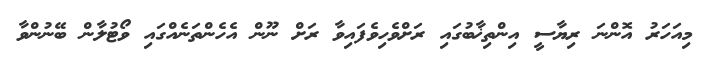
މިއަހަރު އޮންނަ ރިޔާސީ އިންތިޚާބުގައި ރަށްވެހިވެފައިވާ ރަށް ނޫން އެހެންތަނެއްގައި ވޯޓުލާން ބޭނުންވާ